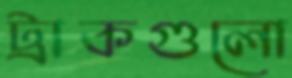
ট্রাকগুলো